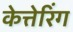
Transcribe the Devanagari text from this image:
केत्तेरिंग